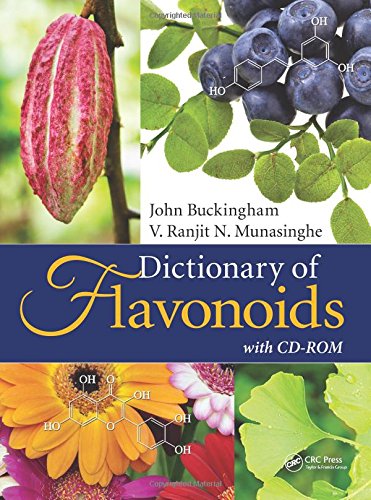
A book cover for Dictionary of Flavonoids with CD-ROM; John Buckingham; Medical Books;